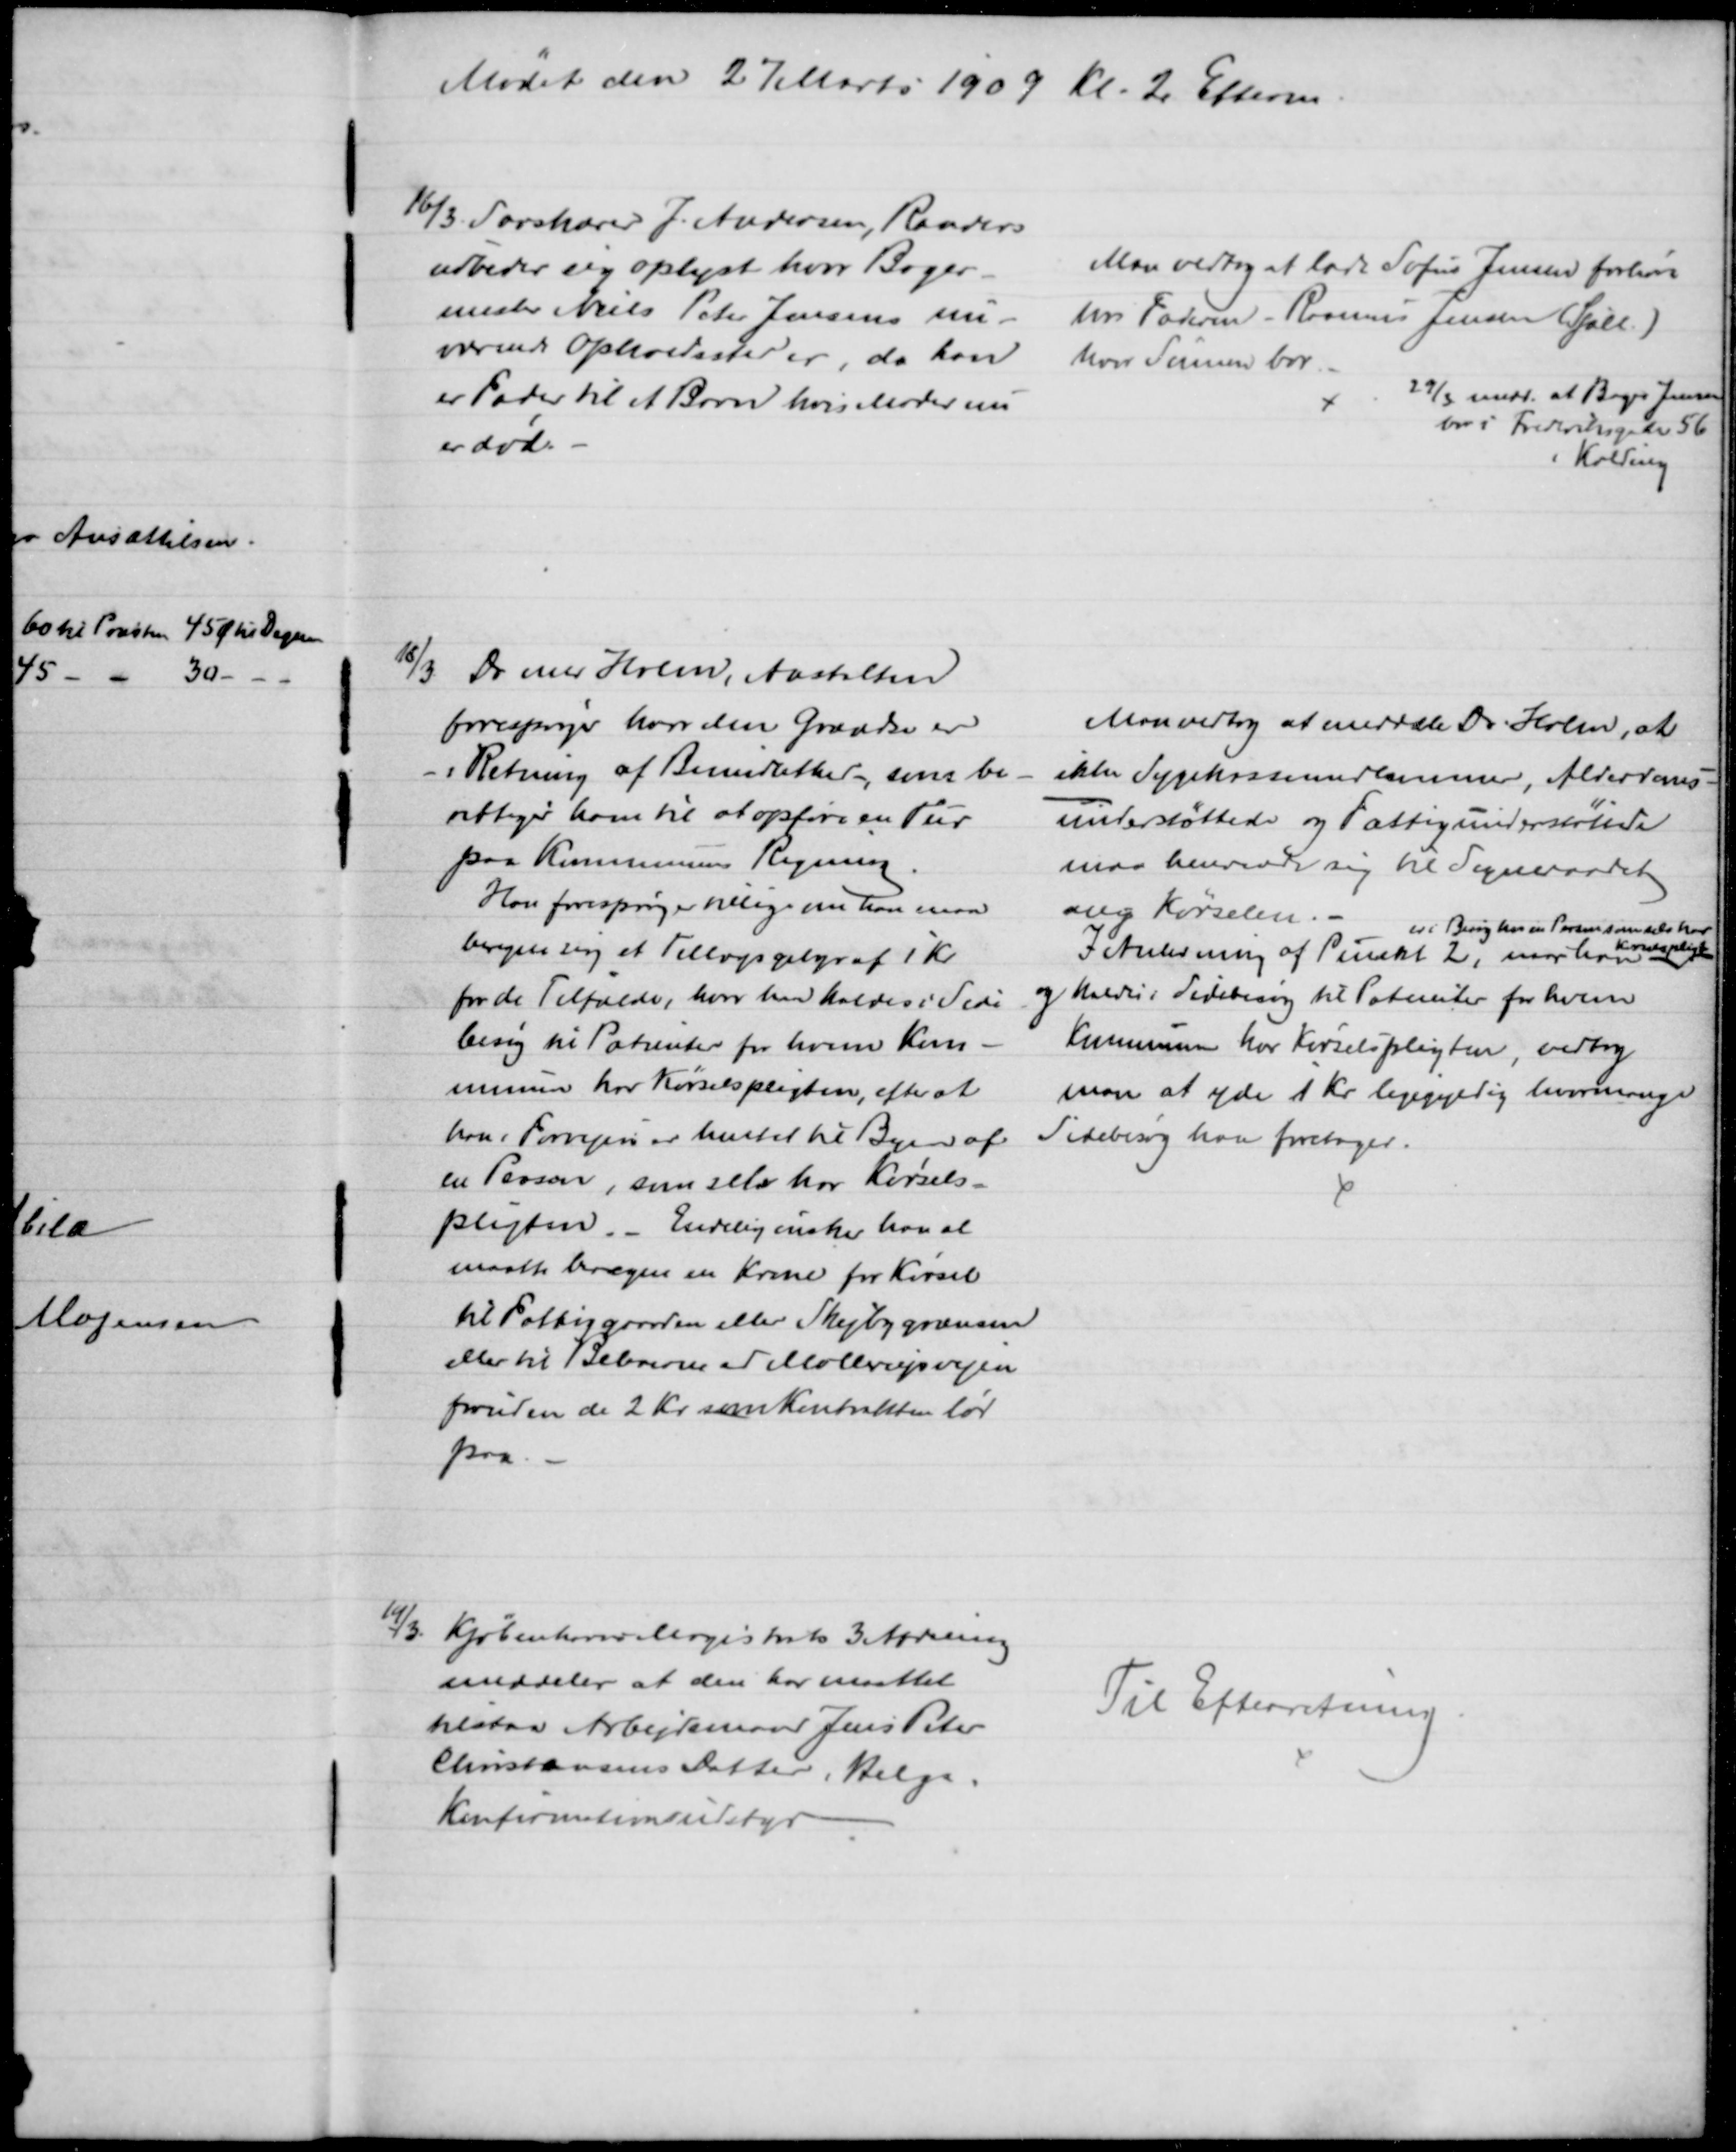
Transskription:
Mødet den 27 Marts 1909 Kl. 2 Efterm
16/3 Savskærer J. Andersen, Randers
udbeder sig oplyst hvor Bager-
mester Niels Peter Jensens nu-
værende Opholdssted er, da han
er Fader til et Barn hvis Moder nu
er død.
Man vedtog at lade Sofus Jensen forhøre
hos Faderen - Rasmus Jensen (Sjæll.)
hvor Sønnen bor
29/3 medd. at Bager Jensen
bor i Frederiksgade 56
i Kolding
18/3 Dr med Holm, Anstalten
forespørger hvor den Grændse er
- i Retning af Bemidlethed -, som be-
rettiger ham til at opføre en Tur
paa Kommunens Regning.
Han forespørger tillige om han maa
beregne sig et Tillægsgebyr af 1 Kr
for de Tilfælde, hvor han kaldes i Side-
besøg til Patienter for hvem Kom-
munen har Kørselspligten, efter at
han i Forvejen er hentet til Byen af
en Person, som selv har Kørsels-
pligten. - Endelig ønsker han at 
maatte beregne en Krone for Kørsel
til Fattiggaarden eller Skejbygrænsen
eller til Beboerne ved Møllerupvejen
foruden de 2 Kr. som Kontrakten lød
paa.
Man vedtog at meddele Dr. Holm, at
ikke Sygekassemedlemmer, Alderdoms-
understøttede og Fattigunderstøttede
maa henvende sig til Sogneraadet
ang Kørselen.
I Anledning af Punkt 2, naar han
er i Besøg hos en Person som selv har
Kørselspligt
og kaldes i Sidebesøg til Patienter for hvem
Kommunen har Kørselspligten, vedtog 
man at yde 1 Kr ligegyldig hvormange
Sidebesøg han foretager.
19/3. Kjøbenhavns Magistrats 3 Afdeling
meddeler at den har maattet
tilstaa Arbejdsmand Jens Peter
Christensens Datter, Helga
Konfirmationsudstyr
Til Efterretning